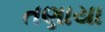
તણાયા